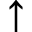
\uparrow